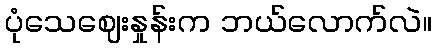
ပုံသေဈေးနှုန်းက ဘယ်လောက်လဲ။